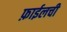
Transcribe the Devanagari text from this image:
फ़ाईलची